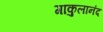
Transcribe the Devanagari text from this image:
गाकुलानंद